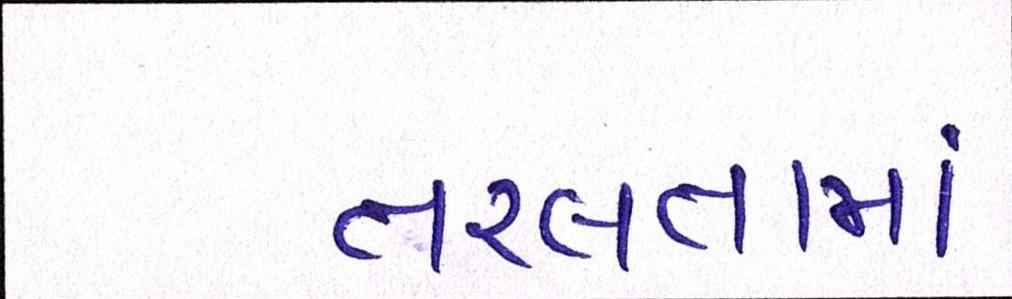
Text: તરલતામાં